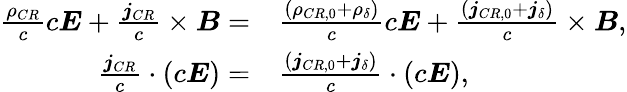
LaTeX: \begin{array}{rl}{\frac{\rho_{CR}}{c}c\boldsymbol{E}+\frac{\boldsymbol{j}_{CR}}{c}\times\boldsymbol{B}=}&{\frac{\left(\rho_{CR,0}+\rho_{\delta}\right)}{c}c\boldsymbol{E}+\frac{\left(\boldsymbol{j}_{CR,0}+\boldsymbol{j}_{\delta}\right)}{c}\times\boldsymbol{B},}\\ {\frac{\boldsymbol{j}_{CR}}{c}\cdot\left(c\boldsymbol{E}\right)=}&{\frac{\left(\boldsymbol{j}_{CR,0}+\boldsymbol{j}_{\delta}\right)}{c}\cdot\left(c\boldsymbol{E}\right),}\end{array}